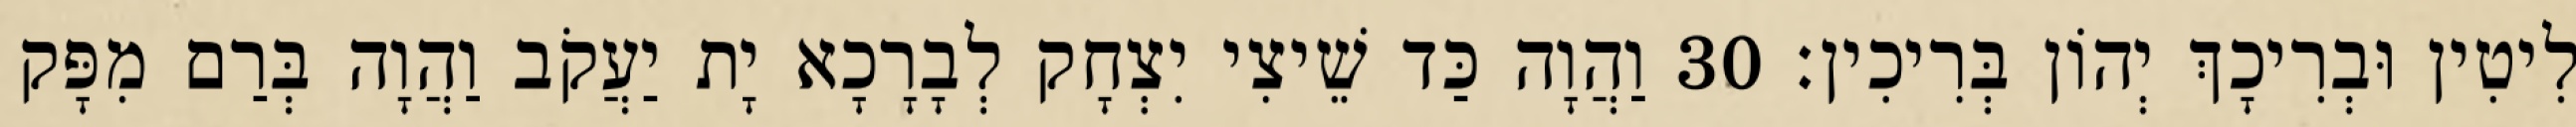
לִיטִין וּבְרִיכָךְ יְהוֹן בְּרִיכִין׃ 30 וַהֲוָה כַּד שֵׁיצִי יִצְחָק לְבָרָכָא יָת יַעֲקֹב וַהֲוָה בְּרַם מִפָּק